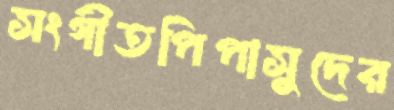
সংগীতপিপাসুদের